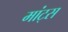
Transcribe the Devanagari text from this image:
मांट्स